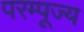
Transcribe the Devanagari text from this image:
परम्पूज्य